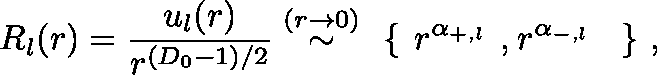
R _ { l } ( r ) = \frac { u _ { l } ( r ) } { r ^ { ( D _ { 0 } - 1 ) / 2 } } \stackrel { ( r \rightarrow 0 ) } { \sim } \mathrm { \boldmath \large ~ \left\{ ~ \right. ~ } \! \! \! r ^ { \alpha _ { + , l } } \mathrm { \boldmath \large ~ , ~ } \! r ^ { \alpha _ { - , l } } \mathrm { \boldmath \large ~ \left. ~ \right\} ~ } \! \! \; ,